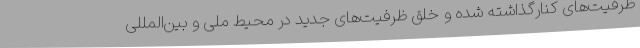
ظرفیت‌های کنارگذاشته شده و خلق ظرفیت‌های جدید در محیط ملی و بین‌المللی